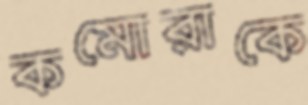
কমোরাকে